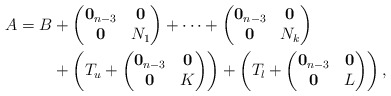
\begin{align*}A=B& + \begin{pmatrix} \mathbf{0}_{n-3} & \mathbf{0}\\ \mathbf{0} & N_1 \end{pmatrix}+\dots +\begin{pmatrix} \mathbf{0}_{n-3} & \mathbf{0}\\ \mathbf{0} & N_k \end{pmatrix} \\ &+ \left(T_u+\begin{pmatrix} \mathbf{0}_{n-3} & \mathbf{0}\\ \mathbf{0} & K \end{pmatrix}\right)+\left(T_l+\begin{pmatrix} \mathbf{0}_{n-3} & \mathbf{0}\\ \mathbf{0} & L \end{pmatrix}\right),\end{align*}